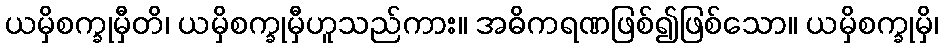
ယမှိစက္ခုမှီတိ၊ ယမှိစက္ခုမှီဟူသည်ကား။ အဓိကရဏဖြစ်၍ဖြစ်သော။ ယမှိစက္ခုမှိ၊